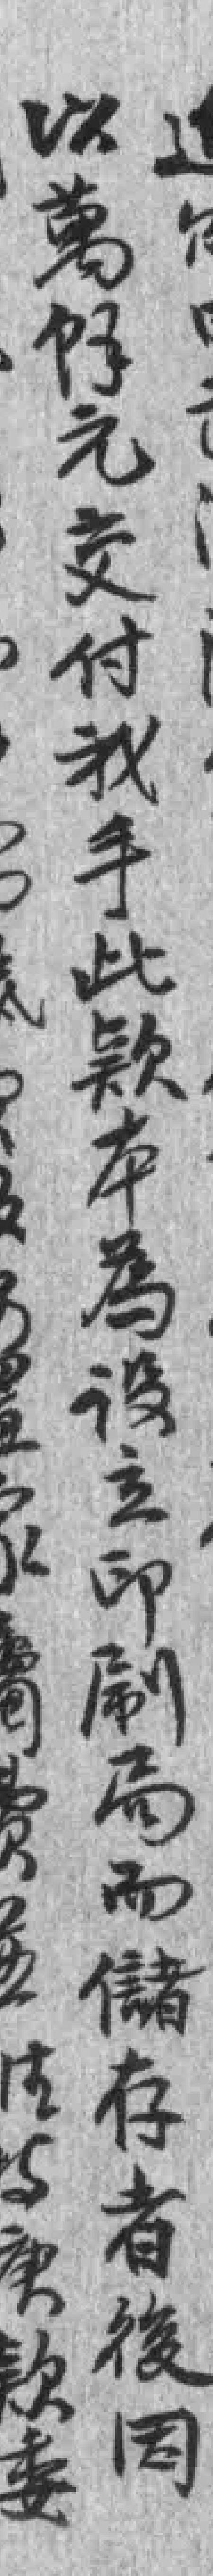
以萬馀元交付我手此欵本為设立印刷局而儲存者後因